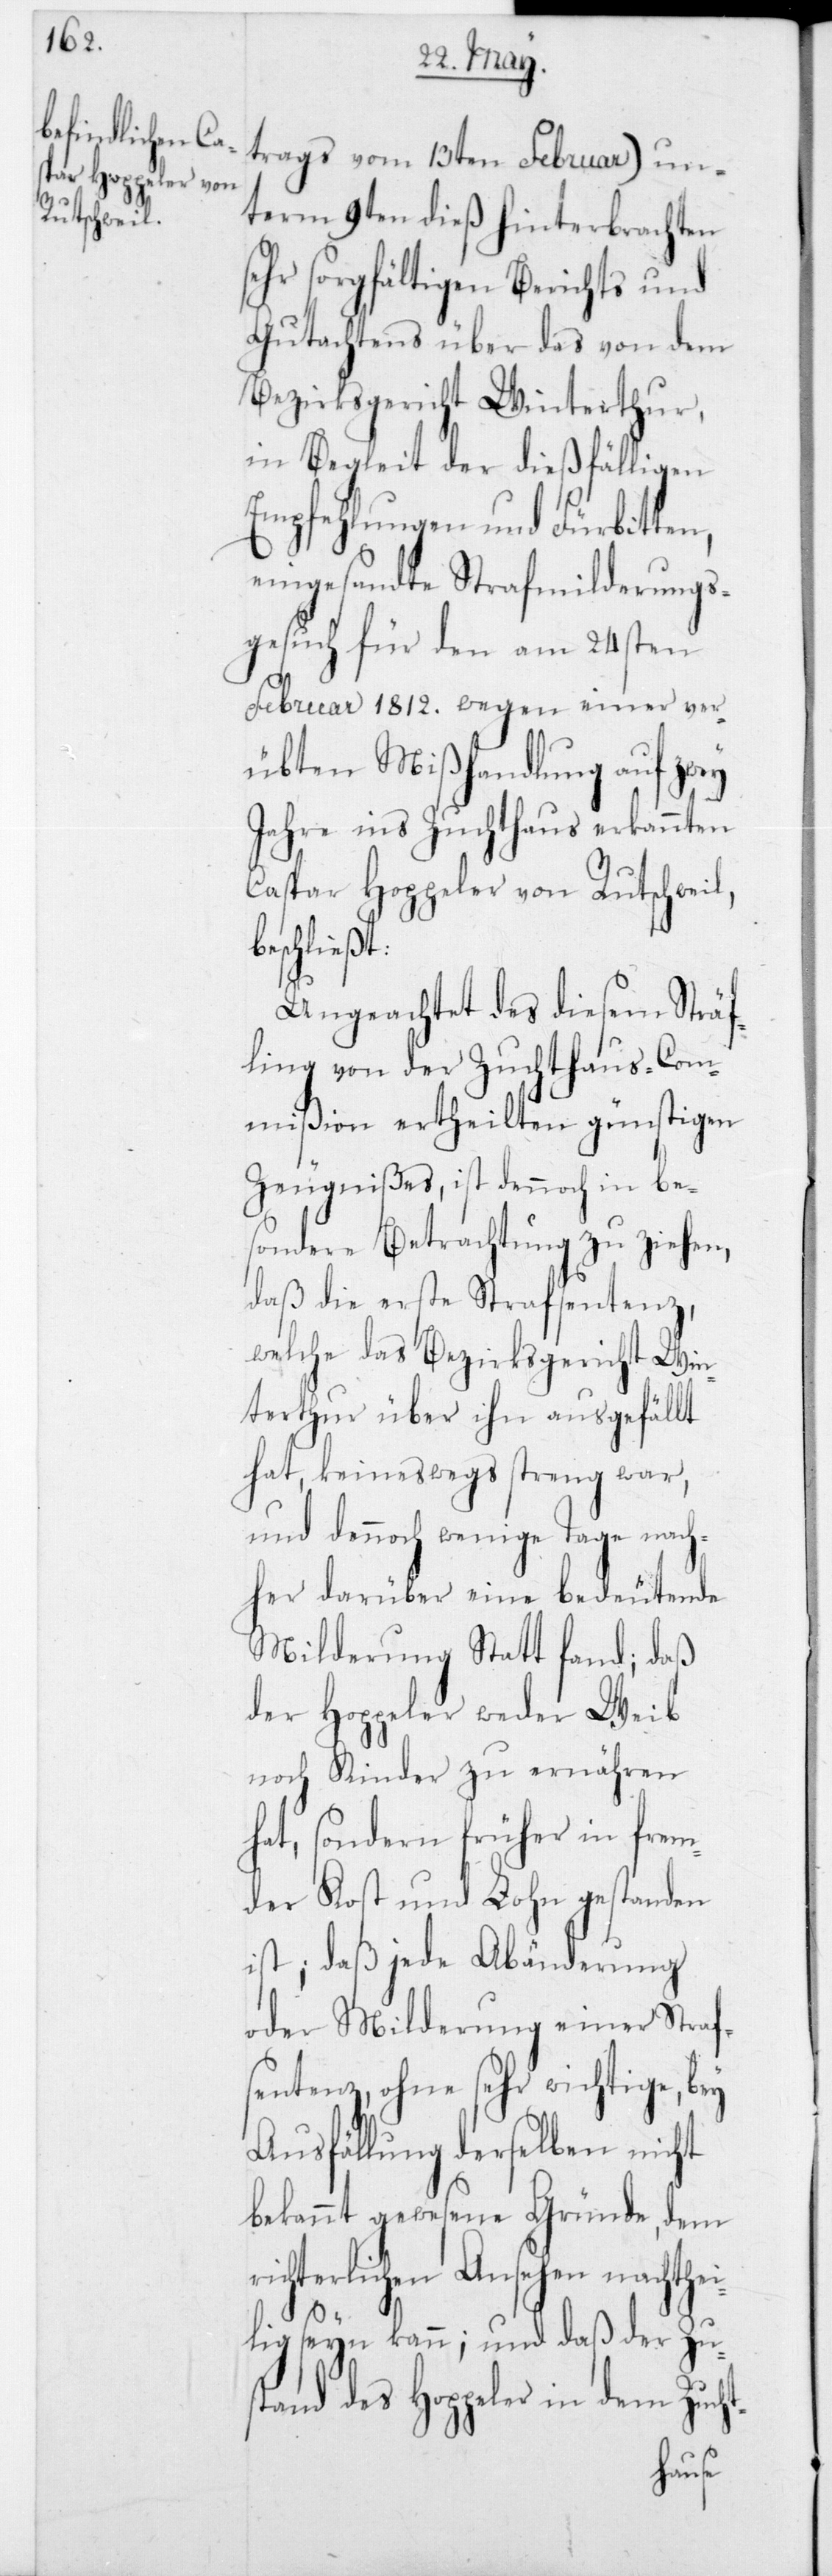
term 9ten dieß hinterbrachten
sehr sorgfältigen Berichts und
Gutachtens über das von dem
Bezirksgericht Winterthur,
in Begleit der dießfälligen
Empfehlungen und Fürbitten,
eingesandte Strafmilderungs¬
gesuch für den am 24sten
Februar 1812 wegen einer ver¬
übten Mißhandlung auf zwey
Jahre ins Zuchthaus erkannten
Caspar Hoppeler von Rutschweil,
beschließt:
Ungeachtet des diesem Sträf¬
ling von der Zuchthaus-Com¬
mißion ertheilten günstigen
Zeugnißes, ist dennoch in be¬
sondere Betrachtung zu ziehen,
daß die erste Strafsentenz,
welche das Bezirksgericht Win¬
terthur über ihn ausgefällt
hat, keineswegs streng war,
und dennoch wenige Tage nach¬
her darüber eine bedeutende
Milderung Statt fand; daß
der Hoppeler weder Weib
noch Kinder zu ernähren
hat, sondern früher in frem¬
der Kost und Lohn gestanden
ist; daß jede Abänderung
oder Milderung einer Straf¬
sentenz, ohne sehr wichtige, bey
Ausfällung derselben nicht
bekannt gewesene Gründe, dem
hterlichen Ansehen nacht¬
lig seyn kann; und daß der Zu¬
stand des Hoppeler in dem Zucht-
hei¬